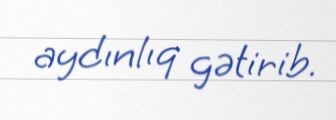
aydınlıq gətirib.